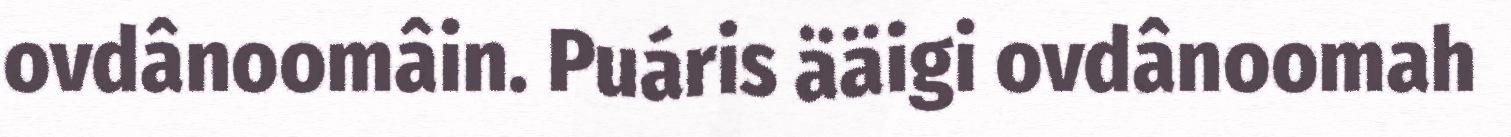
ovdânoomâin. Puáris ääigi ovdânoomah